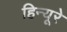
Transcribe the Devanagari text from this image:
हिन्यूरे